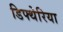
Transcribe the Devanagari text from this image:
डिफ्थेरिया